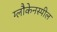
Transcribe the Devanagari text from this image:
ग्लौकेनस्पील